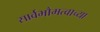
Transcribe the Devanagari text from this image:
सार्वभौमत्वाच्या